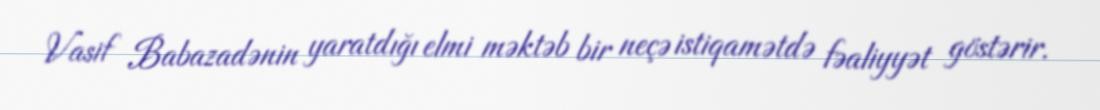
Vasif Babazadənin yaratdığı elmi məktəb bir neçə istiqamətdə fəaliyyət göstərir.